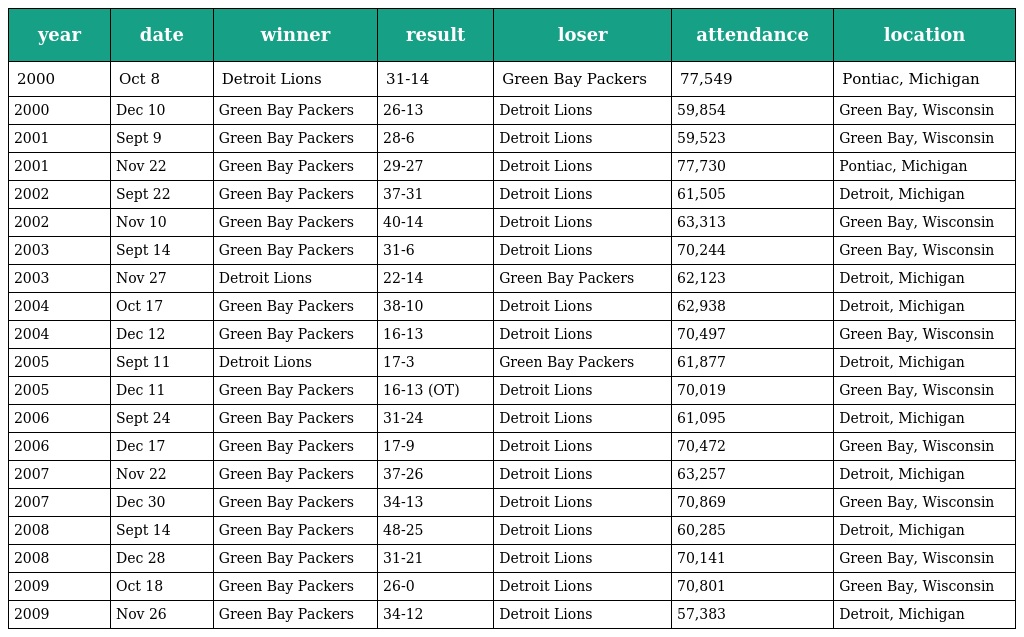
| year | date | winner | result | loser | attendance | location |
 | --- | --- | --- | --- | --- | --- | --- |
 | 2000 | Oct 8 | Detroit Lions | 31-14 | Green Bay Packers | 77,549 | Pontiac, Michigan |
 | 2000 | Dec 10 | Green Bay Packers | 26-13 | Detroit Lions | 59,854 | Green Bay, Wisconsin |
 | 2001 | Sept 9 | Green Bay Packers | 28-6 | Detroit Lions | 59,523 | Green Bay, Wisconsin |
 | 2001 | Nov 22 | Green Bay Packers | 29-27 | Detroit Lions | 77,730 | Pontiac, Michigan |
 | 2002 | Sept 22 | Green Bay Packers | 37-31 | Detroit Lions | 61,505 | Detroit, Michigan |
 | 2002 | Nov 10 | Green Bay Packers | 40-14 | Detroit Lions | 63,313 | Green Bay, Wisconsin |
 | 2003 | Sept 14 | Green Bay Packers | 31-6 | Detroit Lions | 70,244 | Green Bay, Wisconsin |
 | 2003 | Nov 27 | Detroit Lions | 22-14 | Green Bay Packers | 62,123 | Detroit, Michigan |
 | 2004 | Oct 17 | Green Bay Packers | 38-10 | Detroit Lions | 62,938 | Detroit, Michigan |
 | 2004 | Dec 12 | Green Bay Packers | 16-13 | Detroit Lions | 70,497 | Green Bay, Wisconsin |
 | 2005 | Sept 11 | Detroit Lions | 17-3 | Green Bay Packers | 61,877 | Detroit, Michigan |
 | 2005 | Dec 11 | Green Bay Packers | 16-13 (OT) | Detroit Lions | 70,019 | Green Bay, Wisconsin |
 | 2006 | Sept 24 | Green Bay Packers | 31-24 | Detroit Lions | 61,095 | Detroit, Michigan |
 | 2006 | Dec 17 | Green Bay Packers | 17-9 | Detroit Lions | 70,472 | Green Bay, Wisconsin |
 | 2007 | Nov 22 | Green Bay Packers | 37-26 | Detroit Lions | 63,257 | Detroit, Michigan |
 | 2007 | Dec 30 | Green Bay Packers | 34-13 | Detroit Lions | 70,869 | Green Bay, Wisconsin |
 | 2008 | Sept 14 | Green Bay Packers | 48-25 | Detroit Lions | 60,285 | Detroit, Michigan |
 | 2008 | Dec 28 | Green Bay Packers | 31-21 | Detroit Lions | 70,141 | Green Bay, Wisconsin |
 | 2009 | Oct 18 | Green Bay Packers | 26-0 | Detroit Lions | 70,801 | Green Bay, Wisconsin |
 | 2009 | Nov 26 | Green Bay Packers | 34-12 | Detroit Lions | 57,383 | Detroit, Michigan |